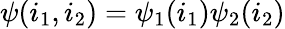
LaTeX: \psi(i_{1},i_{2})=\psi_{1}(i_{1})\psi_{2}(i_{2})